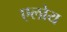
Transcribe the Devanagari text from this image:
एलोय